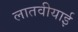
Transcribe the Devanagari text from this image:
लातवीयाई